Scientific memoirs by medical officers of the Army of India - Part IV,
Year: 1889
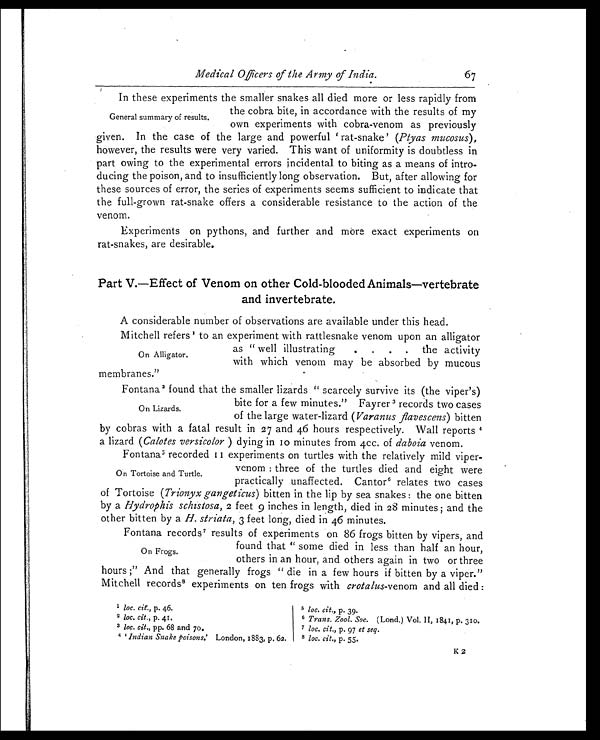
67
Medical Officers of the Army of India.
In these experiments the smaller snakes all died more or less rapidly from
the cobra bite, in accordance with the results of my
own experiments with cobra-venom as previously
given. In the case of the large and powerful 'rat-snake' (Ptyas mucosus),
however, the results were very varied. This want of uniformity is doubtless in
part owing to the experimental errors incidental to biting as a means of intro
-
ducing the poison, and to insufficiently long observation. But, after allowing for
these sources of error, the series of experiments seems sufficient to indicate that
the full-grown rat-snake offers a considerable resistance to the action of the
venom.
Experiments on pythons, and further and more exact experiments on
rat-snakes, are desirable.
Part V.—Effect of Venom on other Cold-blooded Animals—vertebrate
and invertebrate.
A considerable number of observations are available under this head.
Mitchell refers1 to an experiment with rattlesnake venom upon an alligator
as "well illustrating
. . . . the activity
with which venom may be absorbed by mucous
membranes."
Fontana2 found that the smaller lizards "scarcely survive its (the viper's)
bite for a few minutes." Fayrer3 records two cases
of the large water-lizard ( Varanus flavescens ) bitten
by cobras with a fatal result in 27 and 46 hours respectively. Wall reports
4 a l i z a r d (
C a l o t e s v e r s i c o l o r
) d y i n g i n 1 0 m i n u t e s f r o m 4 c c . o fd
a b o i a
v e n o m .
Fontana5 recorded 11 experiments on turtles with the relatively mild viper-
venom: three of the turtles died and eight were
practically unaffected. Cantor6 relates two cases
of Tortoise ( Trionyx gangeticus ) bitten in the lip by sea snakes: the one bitten
by a Hydrophis schistosa, 2 feet 9 inches in length, died in 28 minutes; and the
other bitten by a H. striata, 3 feet long, died in 46 minutes.
Fontana records7 results of experiments on 86 frogs bitten by vipers, and
found that "some died in less than half an hour,
others in an hour, and others again in two or three
hours;" And that generally frogs "die in a few hours if bitten by a viper."
Mitchell records8 experiments on ten frogs with crotalus-venom and all died:
General summary of results.
On Alligator.
On Lizards.
On Tortoise and Turtle.
On Frogs.
1 loc. cit., p. 46.
2 loc. cit., p. 41.
3 loc. cit., pp. 68 and 70.
4 ' Indian Snake poisons.' London, 1883, p. 62.
5 loc . cit., p. 39.
6 Trans. Zool. Soc. (Lond.) Vol. II, 1841, p. 310.
7 loc. cit., p. 97 et seq.
8 loc. cit., p. 55.
K 2